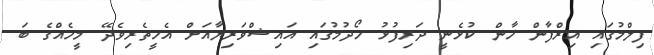
ފިލްމުގައި އިރްފާން ޚާން ކުޅެނީ ދަރިފުޅު ހޯދުމުގައި އައިޝްވަރިޔާއަށް އެހީތެރިވެދޭ މީހެއްގެ ބަ